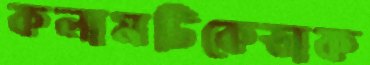
কলামটিকেডাক